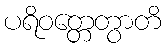
ပရိဝတ္တေတွာတိ